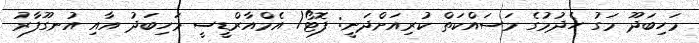
މަހިބަދޫ މަގު ހެދުމުގެ މަސައްކަތް ކުރިއަށްދަނީ: ފޮޓޯ/ އެމްއާރްޑީސީ މަހިބަދު އާއި އުނގޫފާރު